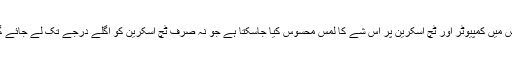
ڈزنی لیبس سے وابستہ علی اسرار ہیپٹک انجینئرنگ کے ماہر ہیں جس میں کمپیوٹر اور ٹچ اسکرین پر اس شے کا لمس محسوس کیا جاسکتا ہے جو نہ صرف ٹچ اسکرین کو اگلے درجے تک لے جائے گا بلکہ نابینا افراد کی مدد اور تعلیم میں بھی اہم کردار ادا کرسکے گا۔